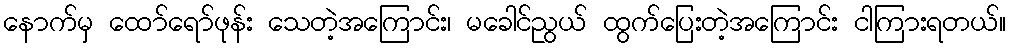
နောက်မှ ထော်ရော်ဖုန်း သေတဲ့အကြောင်း၊ မခေါင်ညွယ် ထွက်ပြေးတဲ့အကြောင်း ငါကြားရတယ်။